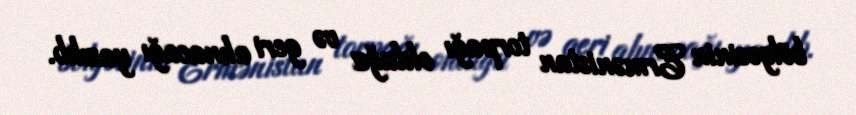
bölgəsinin Ermənistan torpağı olduğu və geri alınacağı yazılıb.